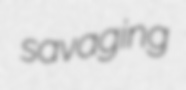
savaging